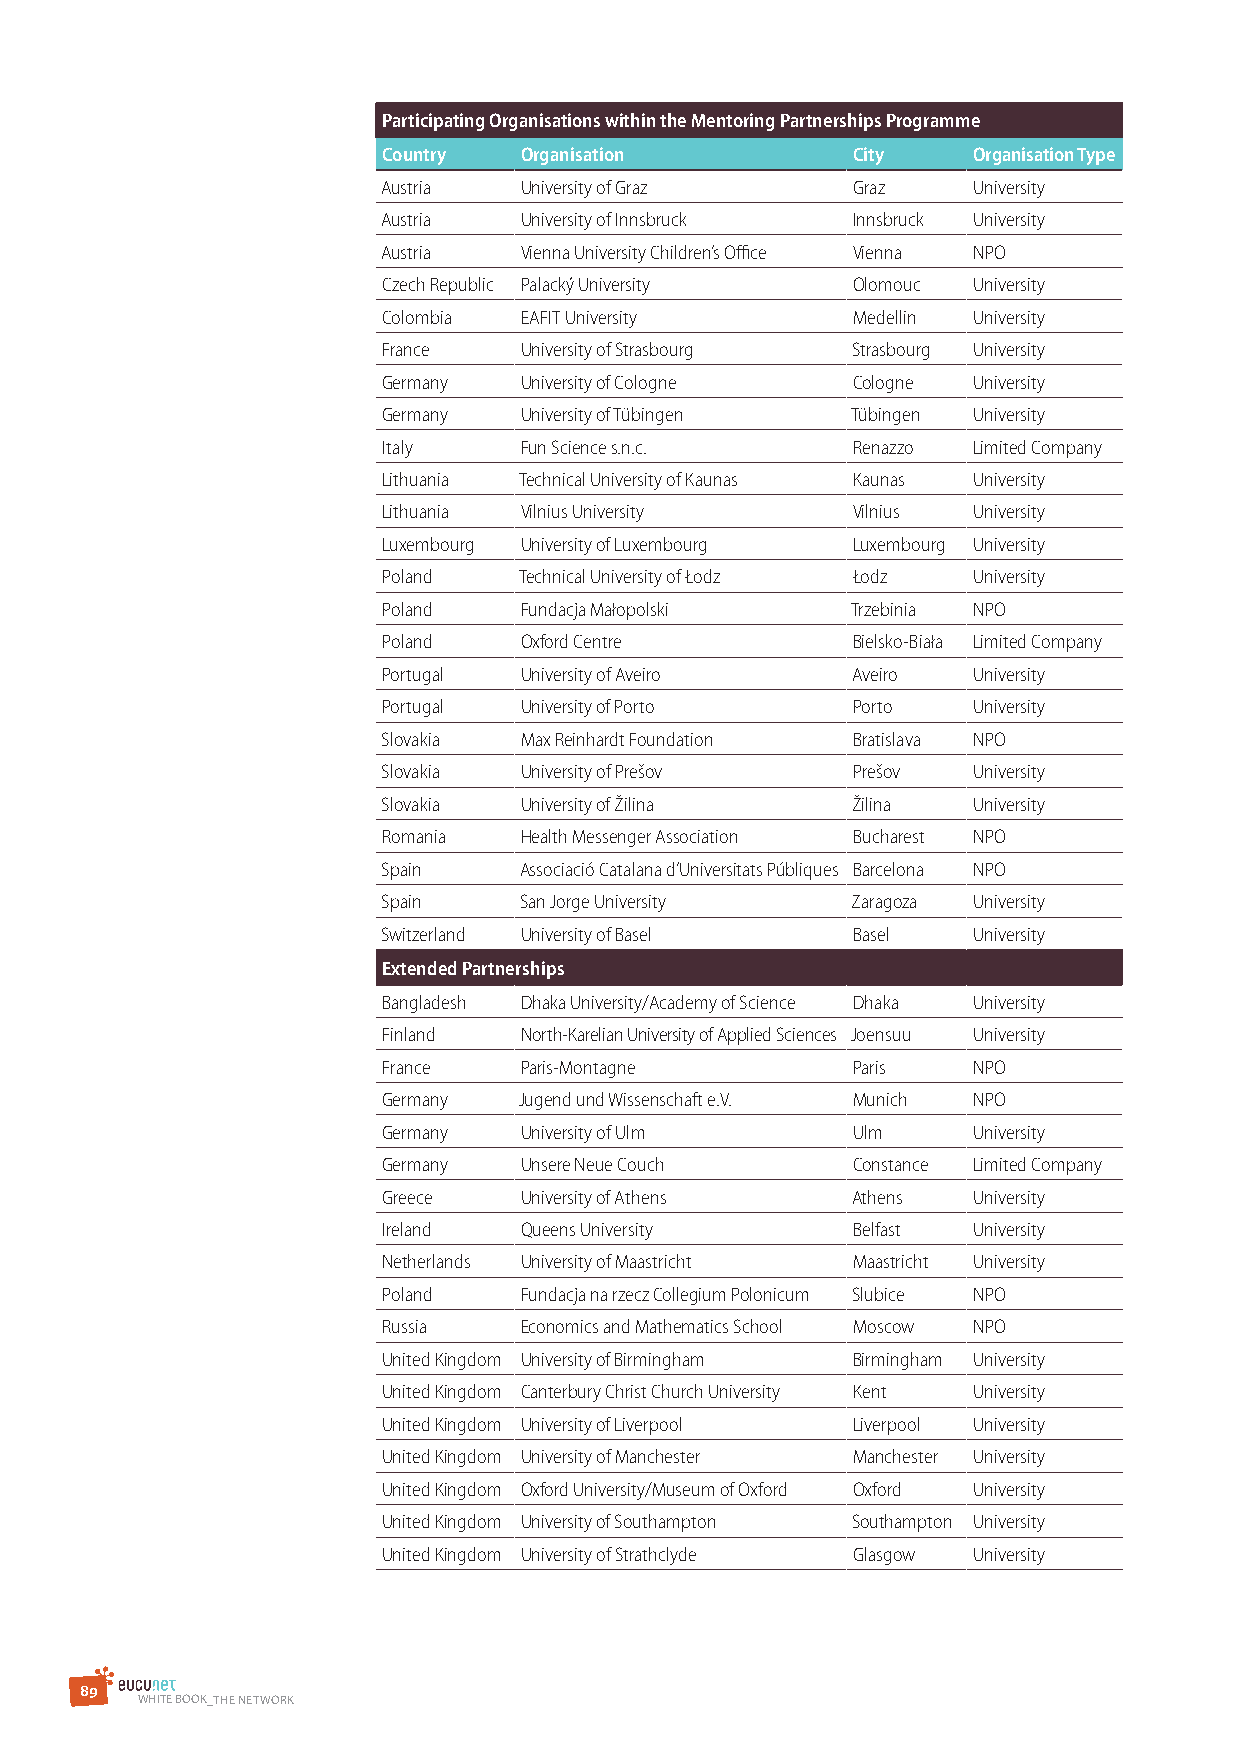
Participating Organisations within the Mentoring Partnerships Programme
 Country  Organisation          City    Organisation Type
 Austria  University of Graz    Graz    University
 Austria  University of Innsbruck Innsbruck University
 Austria  Vienna University Children’s Office Vienna NPO
 Czech Republic Palacký University Olomouc University
 Colombia EAFIT University      Medellin University
 France   University of Strasbourg Strasbourg University
 Germany  University of Cologne Cologne University
 Germany  University of Tübingen Tübingen University
 Italy    Fun Science s.n.c.    Renazzo Limited Company
 Lithuania Technical University of Kaunas Kaunas University
 Lithuania Vilnius University   Vilnius University
 Luxembourg University of Luxembourg Luxembourg University
 Poland   Technical University of Łodz Łodz University
 Poland   Fundacja Małopolski   Trzebinia NPO
 Poland   Oxford Centre         Bielsko-Biała Limited Company
 Portugal University of Aveiro  Aveiro  University
 Portugal University of Porto   Porto   University
 Slovakia Max Reinhardt Foundation Bratislava NPO
 Slovakia University of Prešov  Prešov  University
 Slovakia University of Žilina  Žilina  University
 Romania  Health Messenger Association Bucharest NPO
 Spain    Associació Catalana d’Universitats Públiques Barcelona NPO
 Spain    San Jorge University  Zaragoza University
 Switzerland University of Basel Basel  University
 Extended Partnerships
 Bangladesh Dhaka University/Academy of Science Dhaka University
 Finland  North-Karelian University of Applied Sciences Joensuu University
 France   Paris-Montagne        Paris   NPO
 Germany  Jugend und Wissenschaft e.V. Munich NPO
 Germany  University of Ulm     Ulm     University
 Germany  Unsere Neue Couch     Constance Limited Company
 Greece   University of Athens  Athens  University
 Ireland  Queens University     Belfast University
 Netherlands University of Maastricht Maastricht University
 Poland   Fundacja na rzecz Collegium Polonicum Slubice NPO
 Russia   Economics and Mathematics School Moscow NPO
 United Kingdom University of Birmingham Birmingham University
 United Kingdom Canterbury Christ Church University Kent University
 United Kingdom University of Liverpool Liverpool University
 United Kingdom University of Manchester Manchester University
 United Kingdom Oxford University/Museum of Oxford Oxford University
 United Kingdom University of Southampton Southampton University
 United Kingdom University of Strathclyde Glasgow University
 8 9
 WHITE BOOK_THE NETWOrK